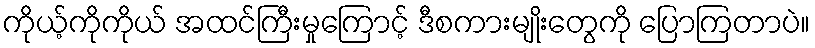
ကိုယ့်ကိုကိုယ် အထင်ကြီးမှုကြောင့် ဒီစကားမျိုးတွေကို ပြောကြတာပဲ။